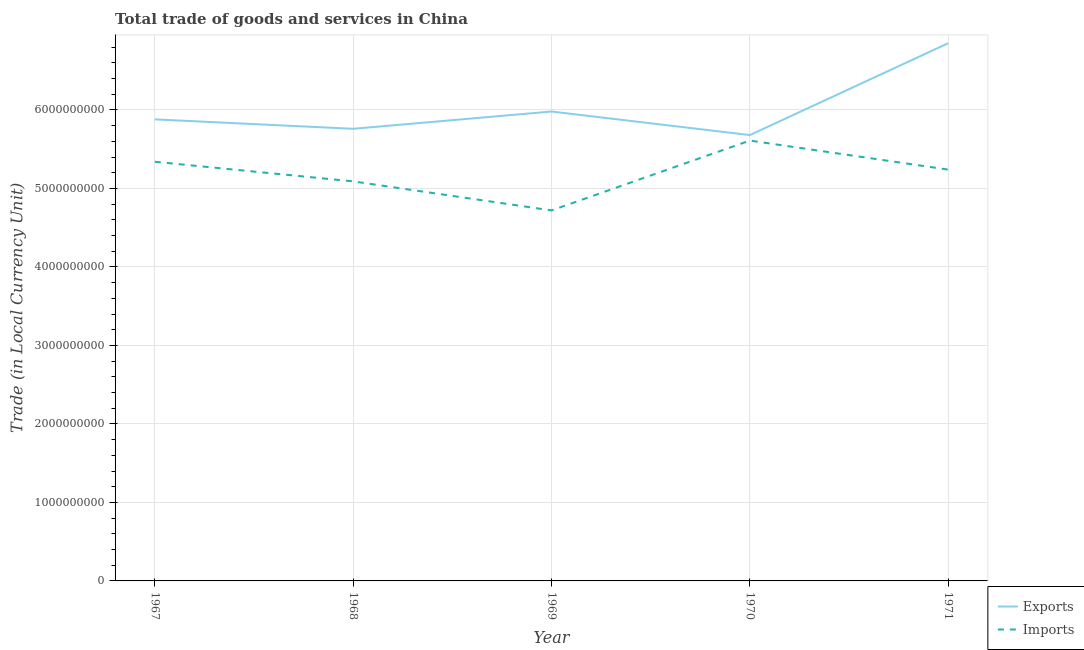
| Year | Exports | Imports |
 | --- | --- | --- |
 | 1967 | 5.88e+09 | 5.34e+09 |
 | 1968 | 5.76e+09 | 5.09e+09 |
 | 1969 | 5.98e+09 | 4.72e+09 |
 | 1970 | 5.68e+09 | 5.61e+09 |
 | 1971 | 6.85e+09 | 5.24e+09 |